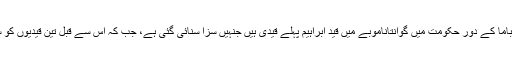
امریکی صدر براک اوباما کے دور حکومت میں گوانتاناموبے میں قید ابراہیم پہلے قیدی ہیں جنہیں سزا سنائی گئی ہے، جب کہ اس سے قبل تین قیدیوں کو سزا سنائی جاچکی ہے۔